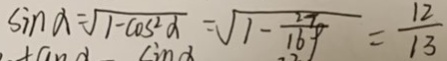
\sin \alpha = \sqrt { 1 - \cos ^ { 2 } \alpha } = \sqrt { 1 - \frac { 2 7 } { 1 6 9 } } = \frac { 1 2 } { 1 3 }